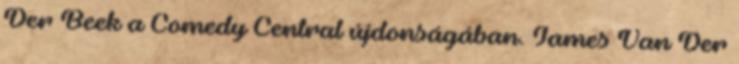
Der Beek a Comedy Central újdonságában. James Van Der